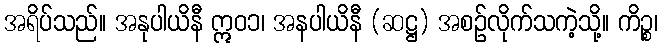
အရိပ်သည်။ အနုပါယိနီ ဣဝ၁၊ အနပါယိနီ (ဆဋ္ဌ) အစဉ်လိုက်သကဲ့သို့။ ကိဉ္စ၊